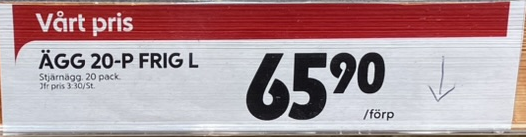
Vara: Ägg 20-P Frig L
Genomsnittspris: 3.30 per st